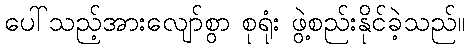
ပေါ်သည့်အားလျော်စွာ စုရုံး ဖွဲ့စည်းနိုင်ခဲ့သည်။